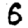
Digit: 6